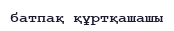
батпақ құртқашашы